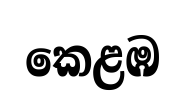
කෙළඹ